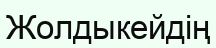
Жолдыкейдің